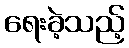
ရေးခဲ့သည့်